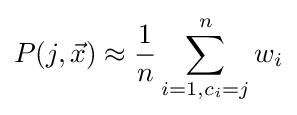
P(j,{\vec {x}})\approx {\frac {1}{n}}\sum _{i=1,c_{i}=j}^{n}w_{i}